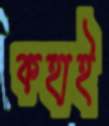
কহাই